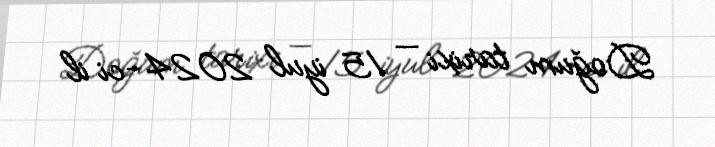
Doğum tarixi — 15 iyul 2024-ci il